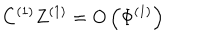
LaTeX: C ^ { ( 1 ) } Z ^ { ( 1 ) } = O \left( \Phi ^ { ( 1 ) } \right)